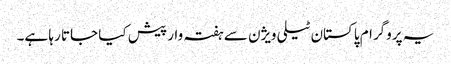
یہ پروگرام پاکستان ٹیلی ویژن سے ہفتہ وار پیش کیا جاتا رہا ہے۔